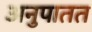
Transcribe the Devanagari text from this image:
अनुपातत